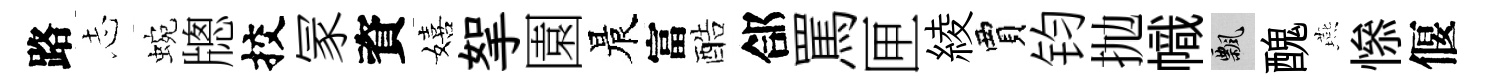
路𢖽蜿牕挍冡資嬉挐園晨富酷郃罵匣綾賈钧抛幟飄醜燕𢡖偃